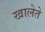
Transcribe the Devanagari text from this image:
खालेते